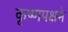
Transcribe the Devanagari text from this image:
कृष्णपक्षमे